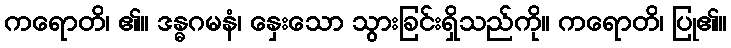
ကရောတိ၊ ၏။ ဒန္ဓဂမနံ၊ နှေးသော သွားခြင်းရှိသည်ကို။ ကရောတိ၊ ပြု၏။